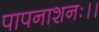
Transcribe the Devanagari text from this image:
पापनाशनः।।